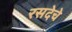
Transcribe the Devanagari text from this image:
रसदेचे